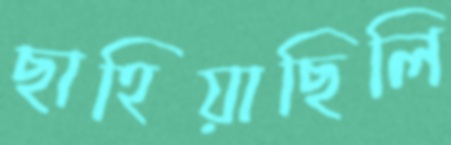
ছাহিয়াছিলি